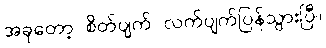
အခုတော့ စိတ်ပျက် လက်ပျက်ပြန်သွားပြီ။